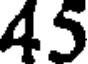
45